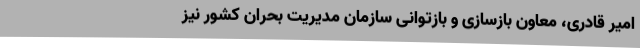
امیر قادری، معاون بازسازی و بازتوانی سازمان مدیریت بحران کشور نیز